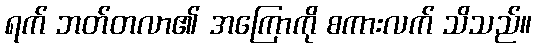
ရက် ဘတ်တလာ၏ အကြောကို စကားလက် သိသည်။